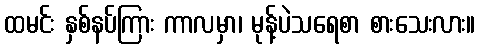
ထမင်း နှစ်နပ်ကြား ကာလမှာ၊ မုန့်ပဲသရေစာ စားသေးလား။